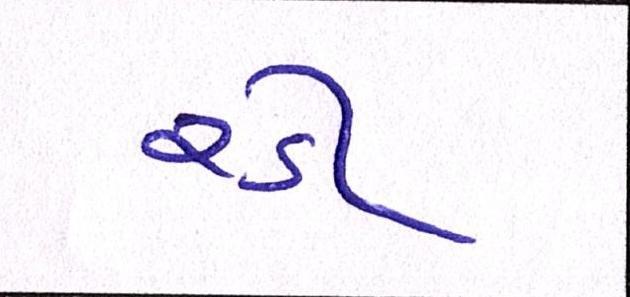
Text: રડી